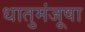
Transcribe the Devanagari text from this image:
धातुमंजूषा